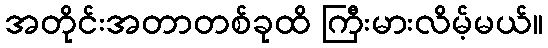
အတိုင်းအတာတစ်ခုထိ ကြီးမားလိမ့်မယ်။